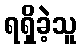
ရရှိခဲ့သူ